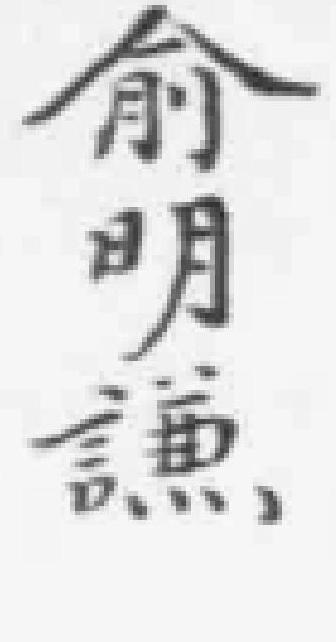
俞明謙